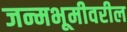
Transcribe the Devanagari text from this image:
जन्मभूमीवरील